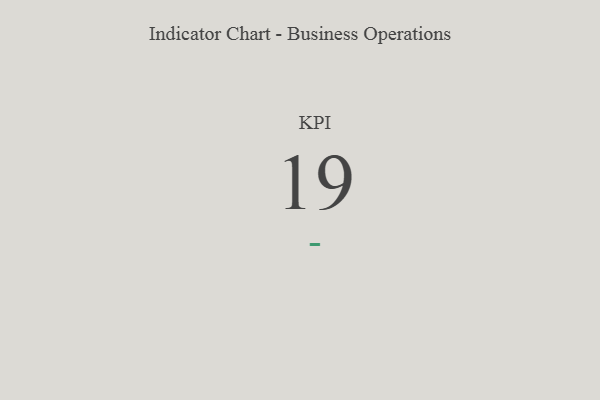
{"axis": {"x": "KPI", "y": "Value"}, "legend": [""], "data": [{"x": "KPI", "y": 19, "type": ""}]}